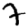
Digit: 7